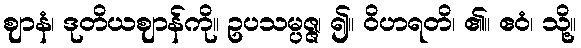
ဈာနံ၊ ဒုတိယဈာန်ကို။ ဥပသမ္ပဇ္ဇ၊ ၍။ ဝိဟရတိ၊ ၏။ ဧဝံ၊ သို့။